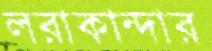
লরাকান্দার